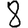
Digit: 8